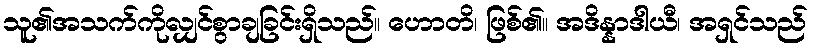
သူ၏အသက်ကိုလျှင်စွာချခြင်းရှိသည်။ ဟောတိ၊ ဖြစ်၏။ အဒိန္နာဒါယီ၊ အရှင်သည်